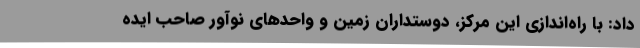
داد: با راه‌اندازی این مرکز، دوستداران زمین و واحدهای نوآور صاحب ایده